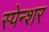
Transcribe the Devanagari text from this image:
स्पेन्शर